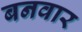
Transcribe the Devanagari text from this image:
बनवार